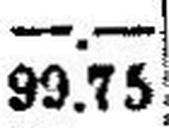
99.75